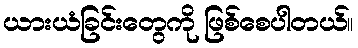
ယားယံခြင်းတွေကို ဖြစ်စေပါတယ်။